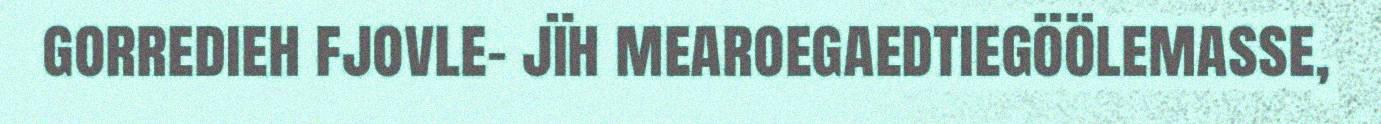
gorredieh fjovle- jïh mearoegaedtiegöölemasse,